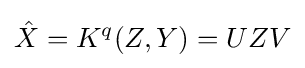
{\hat {X}}=K^{q}(Z,Y)=UZV